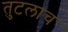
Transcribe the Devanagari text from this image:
तुटलाच